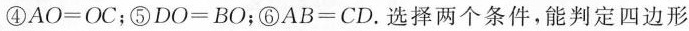
④$$A O = O C$$；⑤$$D O = B O$$；⑥$$A B = C D$$。选择两个条件，能判定四边形